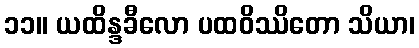
၁၁။ ယထိန္ဒခီလော ပထဝိဿိတော သိယာ၊